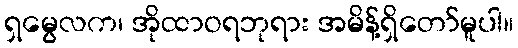
ရှမွေလက၊ အိုထာဝရဘုရား အမိန့်ရှိတော်မူပါ။